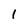
Character: 1